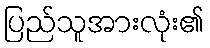
ပြည်သူအားလုံး၏